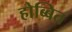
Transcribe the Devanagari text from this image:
होब्बित